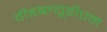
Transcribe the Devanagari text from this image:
वीडब्ल्यूडीएम